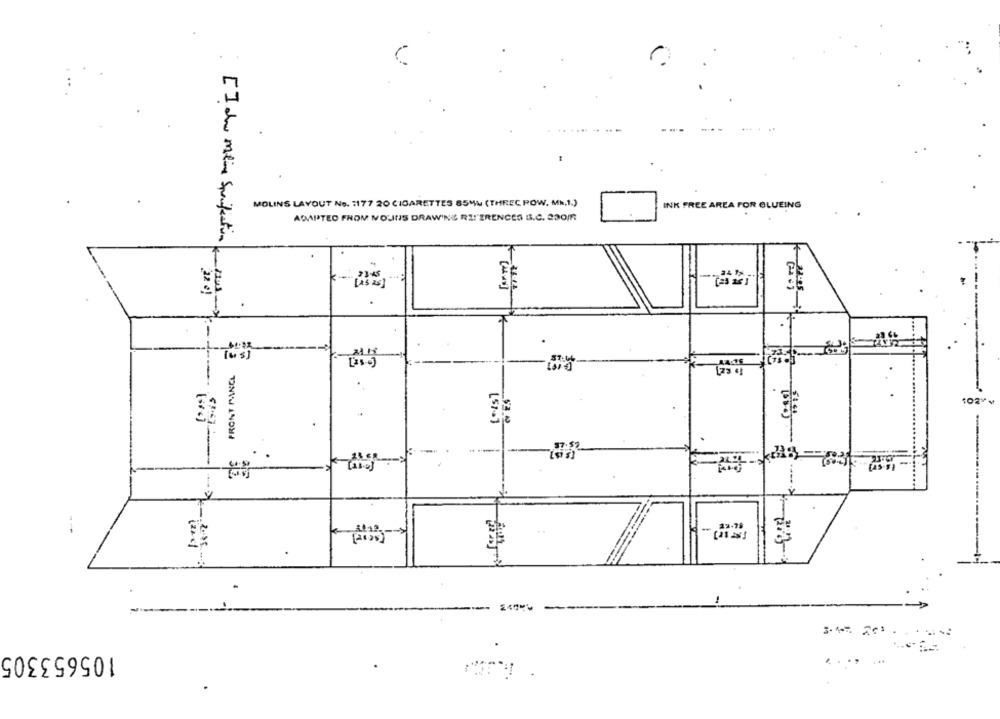
MOLINS LAYOUT No. 1177 20 CIGARETTES 85ML (THREC ROW, MR.1.)
INK FREE AREA FOR BLUEING
ADAPTED FROM NVOUINS DRAWING REFERENCES B.C. 230/R
E
32 €)
102
--
105653305
.....